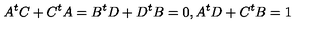
A ^ { t } C + C ^ { t } A = B ^ { t } D + D ^ { t } B = 0 , A ^ { t } D + C ^ { t } B = 1